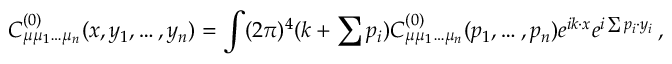
C _ { \mu \mu _ { 1 } \ldots \mu _ { n } } ^ { ( 0 ) } ( x , y _ { 1 } , \ldots , y _ { n } ) = \int ( 2 \pi ) ^ { 4 } \d ( k + \sum p _ { i } ) C _ { \mu \mu _ { 1 } \ldots \mu _ { n } } ^ { ( 0 ) } ( p _ { 1 } , \ldots , p _ { n } ) e ^ { i k \cdot x } e ^ { i \sum p _ { i } \cdot y _ { i } } \, ,